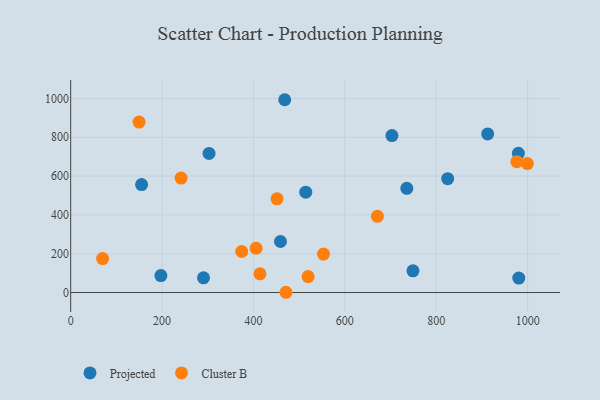
{"axis": {"x": "Speed", "y": "Exam Score"}, "legend": ["Cluster B", "Projected"], "data": [{"x": "468.4", "y": 993.3, "type": "Projected"}, {"x": "749.0", "y": 111.7, "type": "Projected"}, {"x": "197.4", "y": 87.3, "type": "Projected"}, {"x": "302.8", "y": 716.4, "type": "Projected"}, {"x": "155.2", "y": 556.1, "type": "Projected"}, {"x": "514.4", "y": 516.8, "type": "Projected"}, {"x": "912.5", "y": 817.1, "type": "Projected"}, {"x": "290.7", "y": 75.9, "type": "Projected"}, {"x": "825.0", "y": 586.4, "type": "Projected"}, {"x": "735.6", "y": 536.7, "type": "Projected"}, {"x": "459.1", "y": 262.9, "type": "Projected"}, {"x": "979.7", "y": 717.3, "type": "Projected"}, {"x": "703.0", "y": 808.7, "type": "Projected"}, {"x": "980.6", "y": 74.4, "type": "Projected"}, {"x": "999.4", "y": 664.6, "type": "Cluster B"}, {"x": "374.2", "y": 211.4, "type": "Cluster B"}, {"x": "519.6", "y": 82.4, "type": "Cluster B"}, {"x": "471.1", "y": 1.3, "type": "Cluster B"}, {"x": "405.7", "y": 228.0, "type": "Cluster B"}, {"x": "149.6", "y": 878.3, "type": "Cluster B"}, {"x": "976.4", "y": 674.3, "type": "Cluster B"}, {"x": "241.6", "y": 589.8, "type": "Cluster B"}, {"x": "69.9", "y": 175.1, "type": "Cluster B"}, {"x": "451.6", "y": 483.0, "type": "Cluster B"}, {"x": "553.2", "y": 198.0, "type": "Cluster B"}, {"x": "414.2", "y": 96.5, "type": "Cluster B"}, {"x": "671.2", "y": 392.7, "type": "Cluster B"}]}